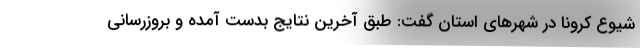
شیوع کرونا در شهرهای استان گفت: طبق آخرین نتایج بدست آمده و بروزرسانی